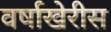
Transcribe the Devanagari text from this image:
वर्षाखेरीस